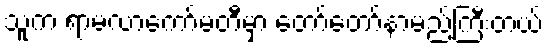
သူက ရာမလာကော်မတီမှာ တော်တော်နာမည်ကြီးတယ်